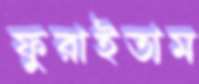
ফুরাইতাম